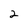
Character: 2